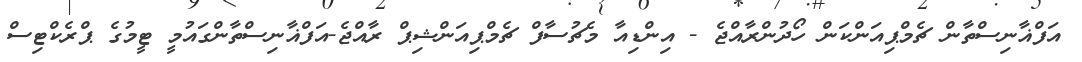
އަފްޣާނިސްތާން ޗެމްޕިއަންކަން ހޯދުންރާއްޖެ - އިންޑިއާ މެޗުސާފް ޗެމްޕިއަންޝިޕް ރާއްޖެ-އަފްޣާނިސްތާންގައުމީ ޓީމުގެ ޕްރެކްޓިސް